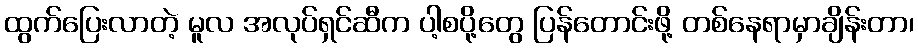
ထွက်ပြေးလာတဲ့ မူလ အလုပ်ရှင်ဆီက ပါ့စပို့တွေ ပြန်တောင်းဖို့ တစ်နေရာမှာချိန်းတာ၊